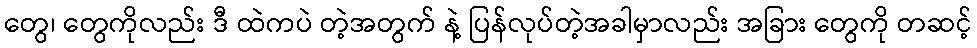
တွေ၊ တွေကိုလည်း ဒီ ထဲကပဲ တဲ့အတွက် နဲ့ ပြန်လုပ်တဲ့အခါမှာလည်း အခြား တွေကို တဆင့်